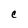
Character: C